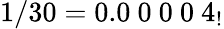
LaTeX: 1/30=0.0\ 0\ 0\ 0\ 4_{!}